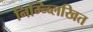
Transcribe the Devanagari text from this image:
निम्न्ब्लिखित